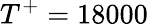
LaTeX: T^{+}=18000